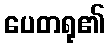
ပေတရု၏